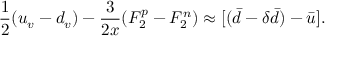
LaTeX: \frac { 1 } { 2 } ( u _ { v } - d _ { v } ) - \frac { 3 } { 2 x } ( F _ { 2 } ^ { p } - F _ { 2 } ^ { n } ) \approx [ ( \bar { d } - \delta \bar { d } ) - \bar { u } ] .